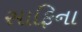
સાફિના